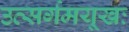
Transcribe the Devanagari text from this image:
उत्सर्गमयूखः